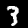
Label: 3